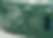
লংমা